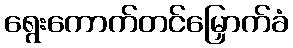
ရွေးကောက်တင်မြှောက်ခံ